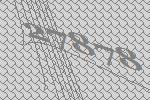
27878